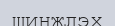
шинжлэх